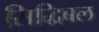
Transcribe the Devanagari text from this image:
सिद्धिबल